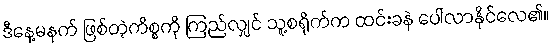
ဒီနေ့မနက် ဖြစ်တဲ့ကိစ္စကို ကြည်လျှင် သူ့စရိုက်က ထင်းခနဲ ပေါ်လာနိုင်လေ၏။